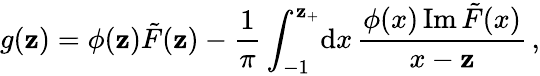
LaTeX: g(\mathbf{z})=\phi(\mathbf{z})\tilde{{F}}(\mathbf{z})-{\frac{{1}}{{\pi}}}\int_{-1}^{\mathbf{z}_{+}}\! \mathrm{{d}}x\, {\frac{{\phi(x)\, \mathrm{{Im}}\, \tilde{{F}}(x)}}{{x-\mathbf{z}}}}\, ,